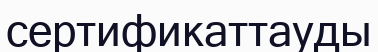
сертификаттауды